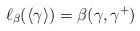
LaTeX: \begin{align*} \ell_\beta(\langle \gamma\rangle)=\beta(\gamma,\gamma^+)\end{align*}